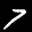
Label: 7